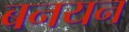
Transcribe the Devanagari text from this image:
बनयन